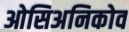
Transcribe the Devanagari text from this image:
ओसिअनिकोव